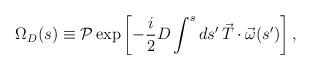
LaTeX: \begin{align*}\Omega_D (s) \equiv {\cal P} \exp \left[ -\frac{i}{2} D \int^s ds'\, \vec{T} \cdot \vec{\omega}(s') \right],\end{align*}